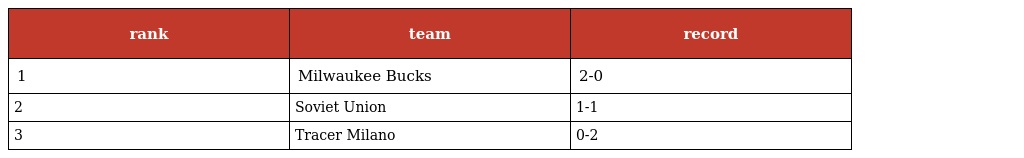
| rank | team | record |
 | --- | --- | --- |
 | 1 | Milwaukee Bucks | 2-0 |
 | 2 | Soviet Union | 1-1 |
 | 3 | Tracer Milano | 0-2 |